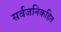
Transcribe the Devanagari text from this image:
सर्वजनिकहित